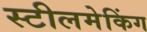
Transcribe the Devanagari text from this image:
स्टीलमेकिंग